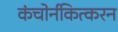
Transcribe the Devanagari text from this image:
कंचोर्नकित्करन